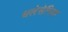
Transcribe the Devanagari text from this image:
थलेसेमिया